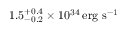
1 . 5 _ { - 0 . 2 } ^ { + 0 . 4 } \times 1 0 ^ { 3 4 } \, \mathrm { { e r g \ s ^ { - 1 } } }